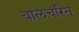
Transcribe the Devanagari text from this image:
बालचरित्